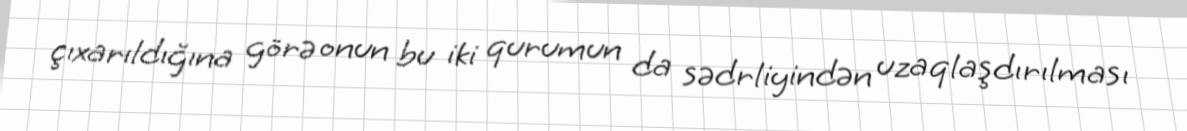
çıxarıldığına görə onun bu iki qurumun da sədrliyindən uzaqlaşdırılması